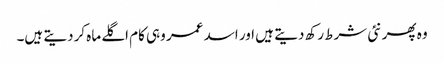
وہ پھر نئی شرط رکھ دیتے ہیں اور اسد عمر وہی کام اگلے ماہ کردیتے ہیں۔